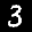
Digit: 3